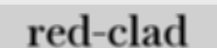
red-clad